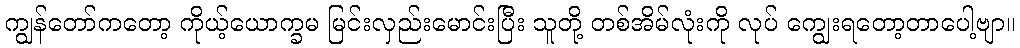
ကျွန်တော်ကတော့ ကိုယ့်ယောက္ခမ မြင်းလှည်းမောင်းပြီး သူတို့ တစ်အိမ်လုံးကို လုပ် ကျွေးရတော့တာပေါ့ဗျာ။